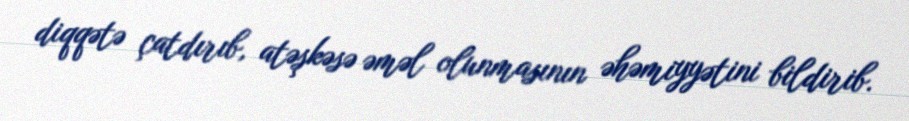
diqqətə çatdırıb, atəşkəsə əməl olunmasının əhəmiyyətini bildirib.